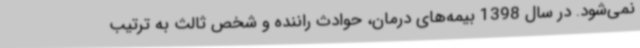
نمی‌شود. در سال 1398 بیمه‌های درمان، حوادث راننده و شخص ثالث به ترتیب